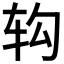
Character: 𲅁